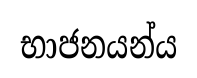
භාජනයන්ය